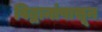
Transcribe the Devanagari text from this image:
विद्वानांपासून